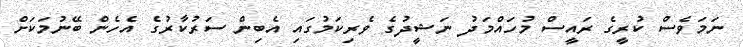
ނަމަވެސް ކުރީގެ ރައީސް މުހައްމަދު ނަޝީދުގެ ވެރިކަމުގައި އެބިން ސަރުކާރުގެ އެހެން ބޭނުމަކަށް